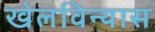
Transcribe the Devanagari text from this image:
खेलविन्यास